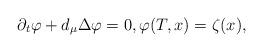
LaTeX: \begin{align*}\begin{array}{l}\partial_t \varphi + d_\mu \Delta \varphi=0,\varphi(T,x)=\zeta(x),\end{array}\end{align*}